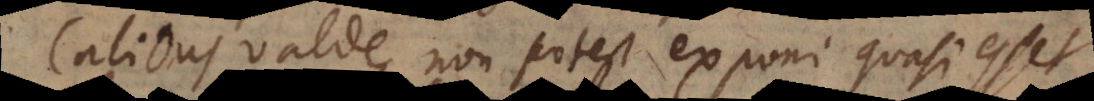
Calidus valde non potest exponi quasi esset